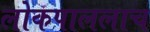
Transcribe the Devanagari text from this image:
लोकपाललाच